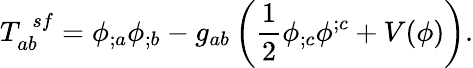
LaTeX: T_{ab}^{\ \ sf}=\phi_{;a}\phi_{;b}-g_{ab}\left(\frac{1}{2}\phi_{;c}\phi^{;c}+V(\phi)\right).